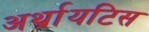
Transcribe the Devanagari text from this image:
अर्थ्रायटिस